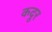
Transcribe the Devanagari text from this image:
कदूर